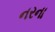
નરના